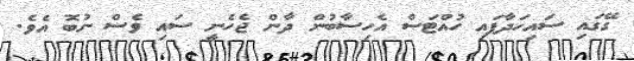
ގޭގައި ސައިހަދާފައި ހުއްޓަސް އެހިސާބުން ދާން ޖެހެނީ ސައި ވެސް ނުބޮ އެވެ.